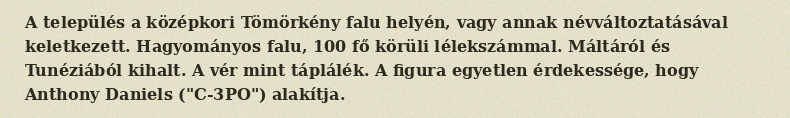
A település a középkori Tömörkény falu helyén, vagy annak névváltoztatásával keletkezett. Hagyományos falu, 100 fő körüli lélekszámmal. Máltáról és Tunéziából kihalt. A vér mint táplálék. A figura egyetlen érdekessége, hogy Anthony Daniels ("C-3PO") alakítja.